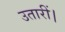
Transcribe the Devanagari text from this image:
उतारीं।